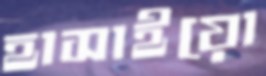
হাসাইয়ো